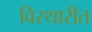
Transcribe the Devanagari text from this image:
विस्थारीत